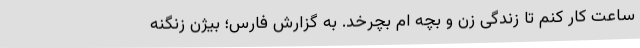
ساعت کار کنم تا زندگی زن و بچه ام بچرخد. به گزارش فارس؛ بیژن زنگنه